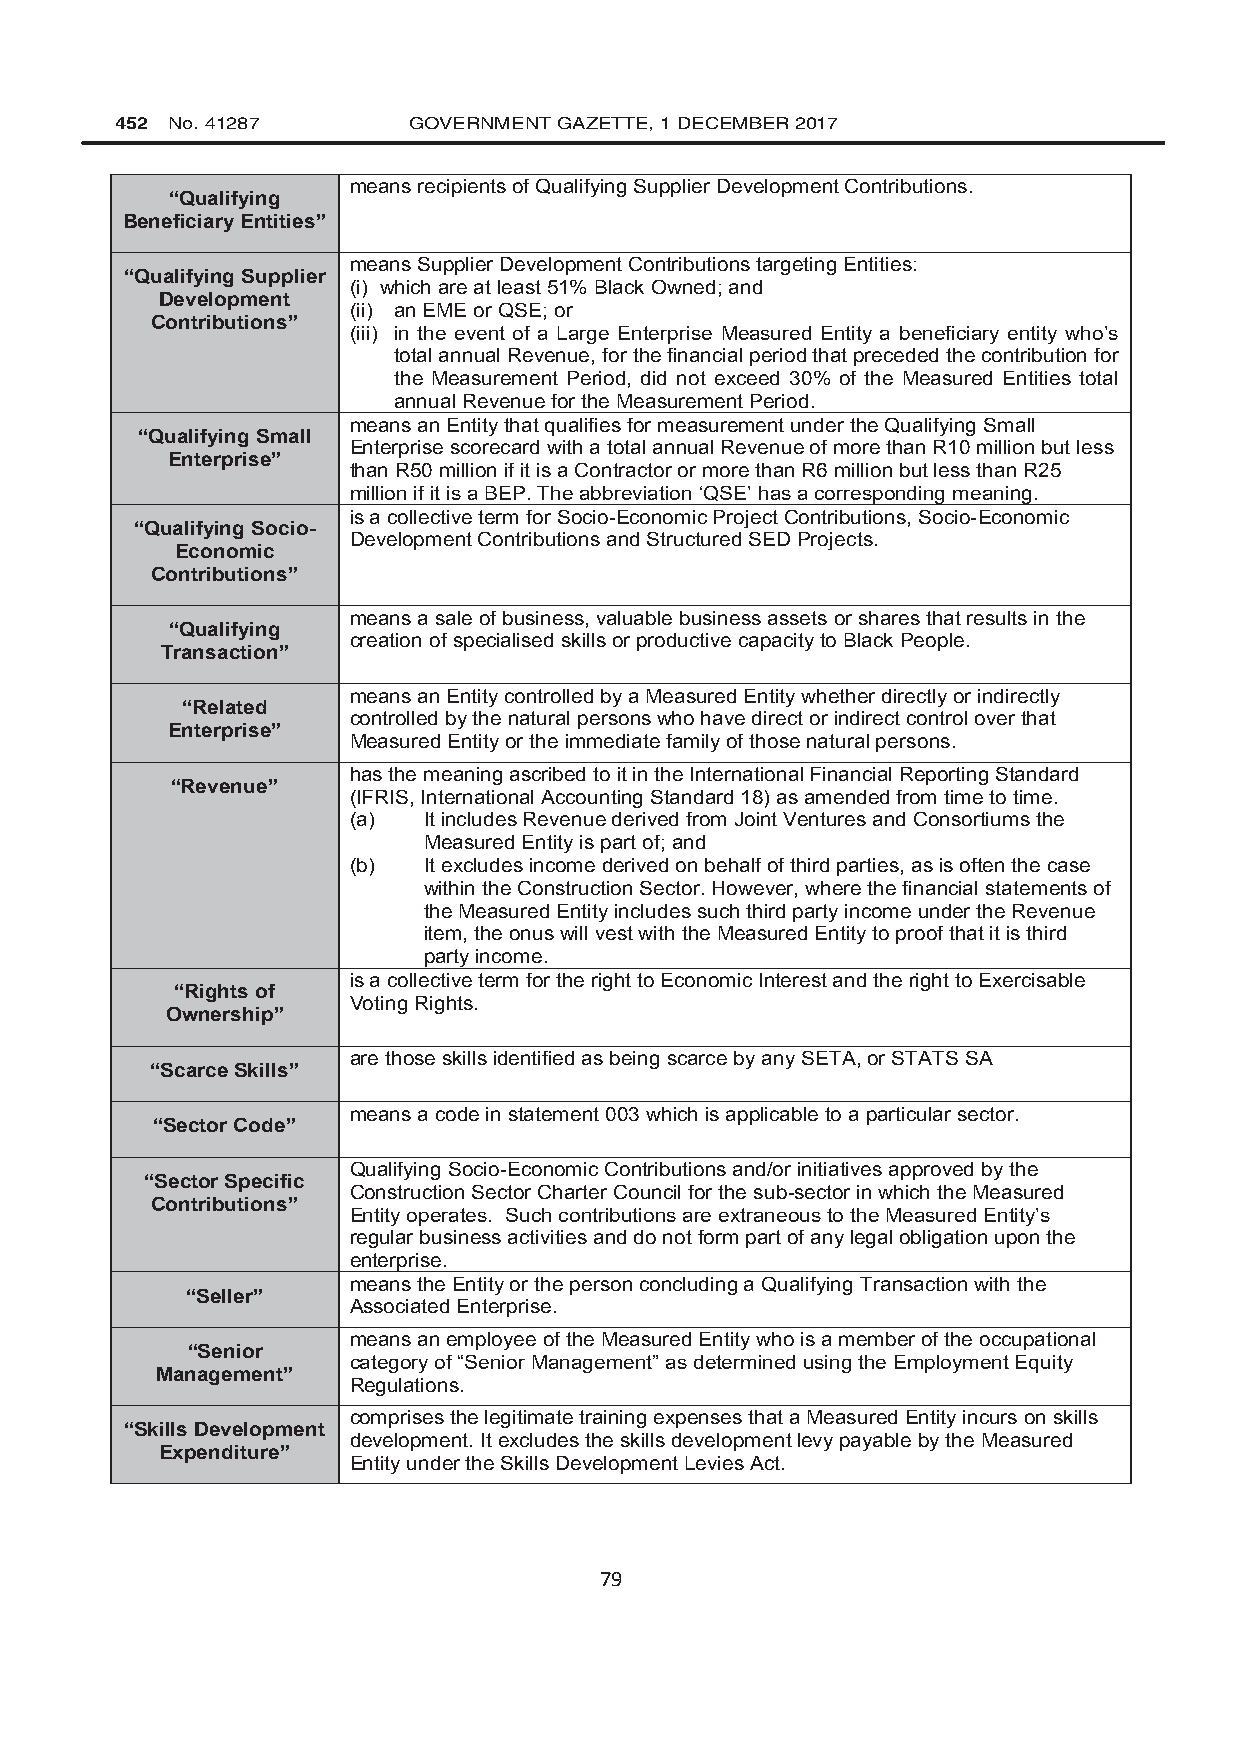
452 No. 41287      GOVERNMENT GAZETTE, 1 DECEMBER 2017
 means recipients of Qualifying Supplier Development Contributions.
 “Qualifying
 Beneficiary Entities”
 means Supplier Development Contributions targeting Entities:
 “Qualifying Supplier
 (i) which are at least 51% Black Owned; and
 Development
 (ii) an EME or QSE; or
 Contributions”
 (iii) in the event of a Large Enterprise Measured Entity a beneficiary entity who’s
 total annual Revenue, for the financial period that preceded the contribution for
 the Measurement Period, did not exceed 30% of the Measured Entities total
 annual Revenue for the Measurement Period.
 means an Entity that qualifies for measurement under the Qualifying Small
 “Qualifying Small
 Enterprise scorecard with a total annual Revenue of more than R10 million but less
 Enterprise”
 than R50 million if it is a Contractor or more than R6 million but less than R25
 million if it is a BEP. The abbreviation ‘QSE’ has a corresponding meaning.
 is a collective term for Socio-Economic Project Contributions, Socio-Economic
 “Qualifying Socio-
 Development Contributions and Structured SED Projects.
 Economic
 Contributions”
 means a sale of business, valuable business assets or shares that results in the
 “Qualifying
 creation of specialised skills or productive capacity to Black People.
 Transaction”
 means an Entity controlled by a Measured Entity whether directly or indirectly
 “Related
 controlled by the natural persons who have direct or indirect control over that
 Enterprise”
 Measured Entity or the immediate family of those natural persons.
 has the meaning ascribed to it in the International Financial Reporting Standard
 “Revenue”
 (IFRIS, International Accounting Standard 18) as amended from time to time.
 (a)  It includes Revenue derived from Joint Ventures and Consortiums the
 Measured Entity is part of; and
 (b)  It excludes income derived on behalf of third parties, as is often the case
 within the Construction Sector. However, where the financial statements of
 the Measured Entity includes such third party income under the Revenue
 item, the onus will vest with the Measured Entity to proof that it is third
 party income.
 is a collective term for the right to Economic Interest and the right to Exercisable
 “Rights of
 Voting Rights.
 Ownership”
 are those skills identified as being scarce by any SETA, or STATS SA
 “Scarce Skills”
 means a code in statement 003 which is applicable to a particular sector.
 “Sector Code”
 Qualifying Socio-Economic Contributions and/or initiatives approved by the
 “Sector Specific
 Construction Sector Charter Council for the sub-sector in which the Measured
 Contributions”
 Entity operates. Such contributions are extraneous to the Measured Entity’s
 regular business activities and do not form part of any legal obligation upon the
 enterprise.
 means the Entity or the person concluding a Qualifying Transaction with the
 “Seller”
 Associated Enterprise.
 means an employee of the Measured Entity who is a member of the occupational
 “Senior
 category of “Senior Management” as determined using the Employment Equity
 Management”
 Regulations.
 comprises the legitimate training expenses that a Measured Entity incurs on skills
 “Skills Development
 development. It excludes the skills development levy payable by the Measured
 Expenditure”
 Entity under the Skills Development Levies Act.
 79